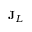
\mathbf { J } _ { L }